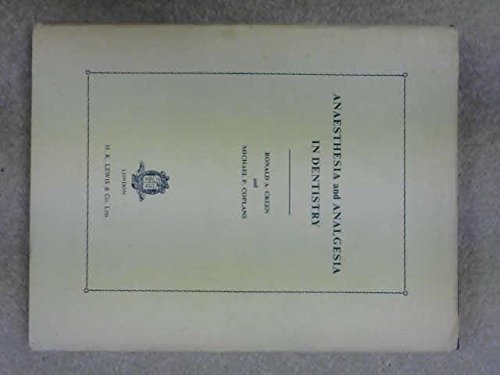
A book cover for Anaesthesia and Analgesia in Dentistry; R.A. Green; Medical Books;